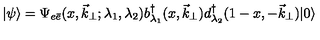
| \psi \rangle = \Psi _ { e \bar { e } } ( x , \vec { k } _ { \perp } ; \lambda _ { 1 } , \lambda _ { 2 } ) b _ { \lambda _ { 1 } } ^ { \dagger } ( x , \vec { k } _ { \perp } ) d _ { \lambda _ { 2 } } ^ { \dagger } ( 1 - x , - \vec { k } _ { \perp } ) | 0 \rangle